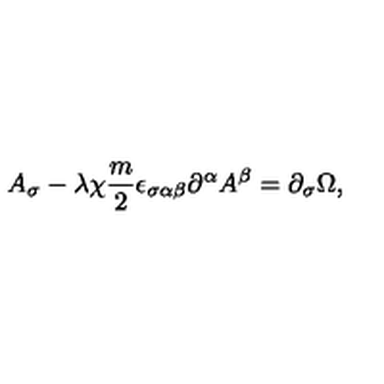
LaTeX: A _ { \sigma } - \lambda \chi \frac { m } { 2 } \epsilon _ { \sigma \alpha \beta } \partial ^ { \alpha } A ^ { \beta } = \partial _ { \sigma } \Omega ,